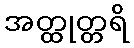
အတ္ထုတ္တရိ